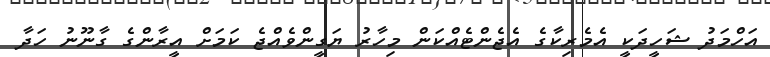
އަހްމަދު ޝަހީދަކީ އެމެރިކާގެ އެޖެންޓެއްކަން މިހާރު ޔަގީންވެއްޖެ ކަމަށް އީރާންގެ ގާނޫނު ހަދާ